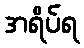
အရိပ်ရ